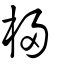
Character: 梫